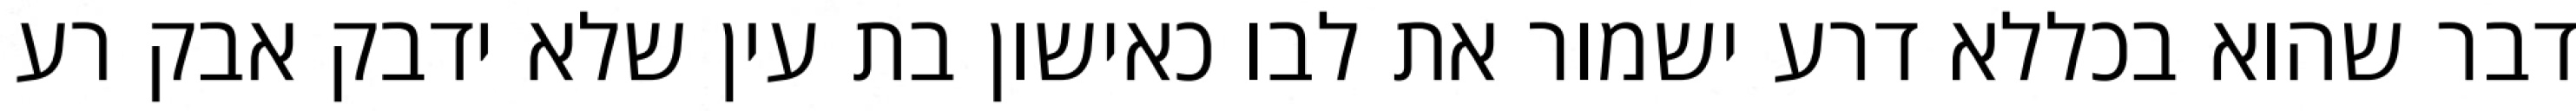
דבר שהוא בכללא דרע ישמור את לבו כאישון בת עין שלא ידבק אבק רע